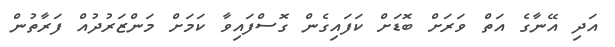
އަދި އޭނާގެ އަތް ވަރަށް ބޮޑަށް ކަފައިގެން ގޮސްފައިވާ ކަމަށް މަންޒަރުދުއް ފަރާތުން